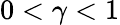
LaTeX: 0<\gamma<1